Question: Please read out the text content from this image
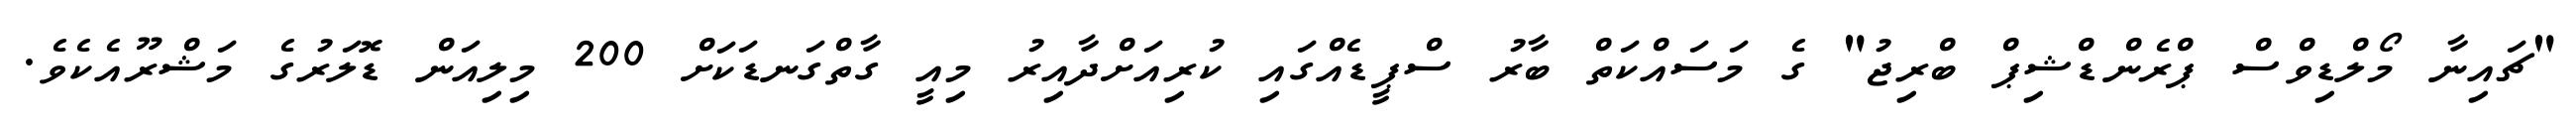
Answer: "ޗައިނާ މޯލްޑިވްސް ޕްރެންޑްޝިޕް ބްރިޖު" ގެ މަސައްކަތް ބާރު ސްޕީޑެއްގައި ކުރިއަށްދާއިރު މިއީ ގާތްގަނޑަކަށް 200 މިލިއަން ޑޮލަރުގެ މަޝްރޫއެކެވެ.